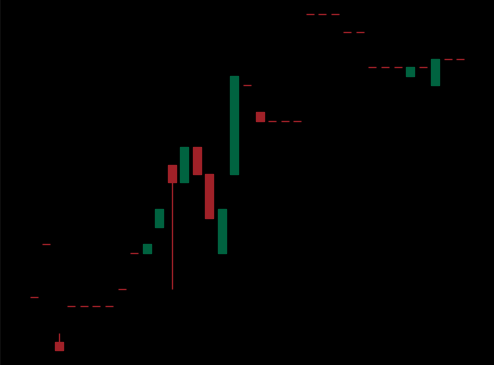
Pattern: bear_flag